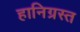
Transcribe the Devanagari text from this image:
हानिग्रस्त